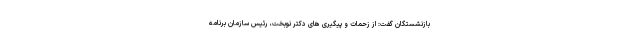
بازنشستگان گفت: از زحمات و پیگیری های دکتر نوبخت، رئیس سازمان برنامه